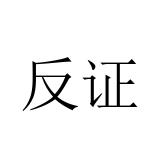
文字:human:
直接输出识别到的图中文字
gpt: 反证